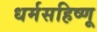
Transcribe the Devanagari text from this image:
धर्मसहिष्णू